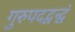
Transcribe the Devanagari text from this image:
गुरुपदद्वन्द्वं